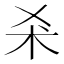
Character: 𣏂